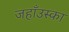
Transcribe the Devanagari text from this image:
जहाँउस्का